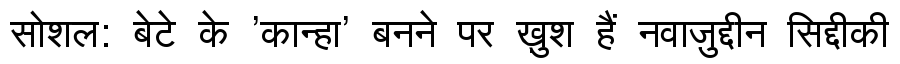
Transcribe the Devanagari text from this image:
सोशल: बेटे के 'कान्हा' बनने पर ख़ुश हैं नवाज़ुद्दीन सिद्दीकी